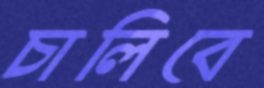
চালিবে